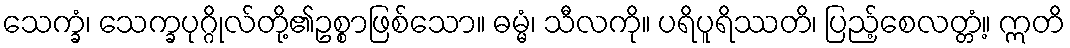
သေက္ခံ၊ သေက္ခပုဂ္ဂိုလ်တို့၏ဥစ္စာဖြစ်သော။ ဓမ္မံ၊ သီလကို။ ပရိပူရိဿတိ၊ ပြည့်စေလတ္တံ့။ ဣတိ